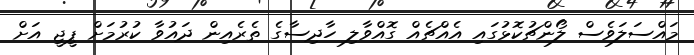
މައްސަލަވެސް ލޯންޗުކޮޅުގައި އެއްޗެއް ގޮއްވާލި ހާދިސާގެ ތެރެއިން ދައުވާ ކުރުމަށް ޕީޖީ އަށް